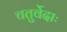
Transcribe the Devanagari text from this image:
चतुर्वेदाः